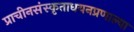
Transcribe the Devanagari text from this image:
प्राचीनसंस्कृताधयनप्रणाल्या